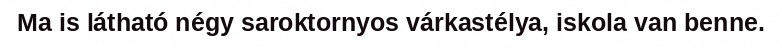
Ma is látható négy saroktornyos várkastélya, iskola van benne.